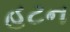
હટન